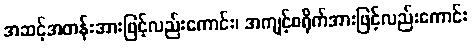
အဆင့်အတန်းအားဖြင့်လည်းကောင်း၊ အကျင့်စရိုက်အားဖြင့်လည်းကောင်း